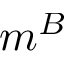
m ^ { B }